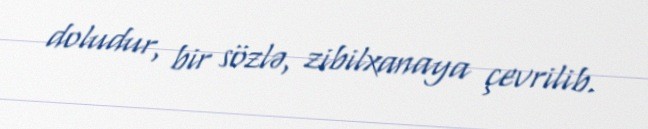
doludur, bir sözlə, zibilxanaya çevrilib.